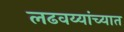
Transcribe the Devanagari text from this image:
लढवय्यांच्यात